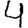
Digit: 4